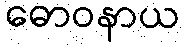
ဓောဝနာယ